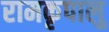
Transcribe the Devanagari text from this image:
रामकृपालु